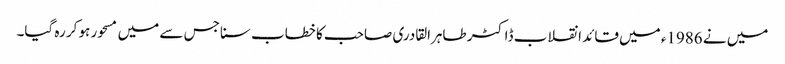
میں نے 1986ء میں قائد انقلاب ڈاکٹر طاہرالقادری صاحب کا خطاب سنا جس سے میں مسحور ہو کر رہ گیا۔